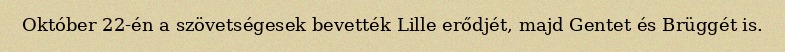
Október 22-én a szövetségesek bevették Lille erődjét, majd Gentet és Brüggét is.